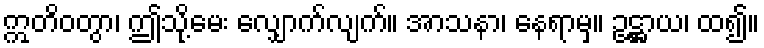
ဣတိဝတွာ၊ ဤသို့မေး လျှောက်လျက်။ အာသနာ၊ နေရာမှ။ ဥဋ္ဌာယ၊ ထ၍။